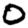
Digit: 0